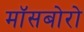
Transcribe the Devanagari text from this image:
मॉसबोरो